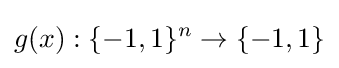
g(x):\{-1,1\}^{n}\rightarrow \{-1,1\}